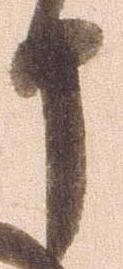
申